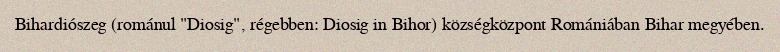
Bihardiószeg (románul "Diosig", régebben: Diosig in Bihor) községközpont Romániában Bihar megyében.